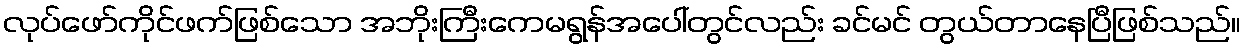
လုပ်ဖော်ကိုင်ဖက်ဖြစ်သော အဘိုးကြီးကေမရွန်အပေါ်တွင်လည်း ခင်မင် တွယ်တာနေပြီဖြစ်သည်။